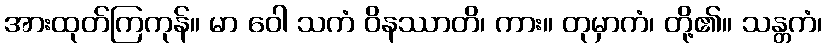
အားထုတ်ကြကုန်။ မာ ဝေါ သကံ ဝိနဿာတိ၊ ကား။ တုမှာကံ၊ တို့၏။ သန္တကံ၊